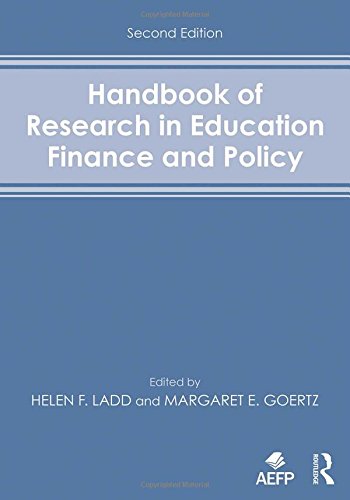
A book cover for Handbook of Research in Education Finance and Policy; Education & Teaching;